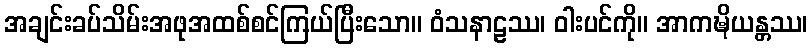
အချင်းခပ်သိမ်းအဖုအထစ်စင်ကြယ်ပြီးသော။ ဝံသနာဠဿ၊ ဝါးပင်ကို။ အာကဍ္ဎိယန္တဿ၊